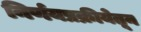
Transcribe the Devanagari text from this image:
निर्णयप्रक्रीयेतून